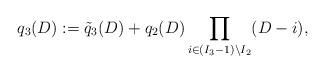
LaTeX: \begin{align*}q_3(D) := \tilde q_3(D) + q_2(D) \prod_{i \in (I_3-1) \setminus I_2} (D-i),\end{align*}